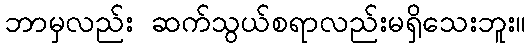
ဘာမှလည်း ဆက်သွယ်စရာလည်းမရှိသေးဘူး။